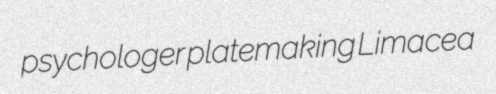
psychologer platemaking Limacea